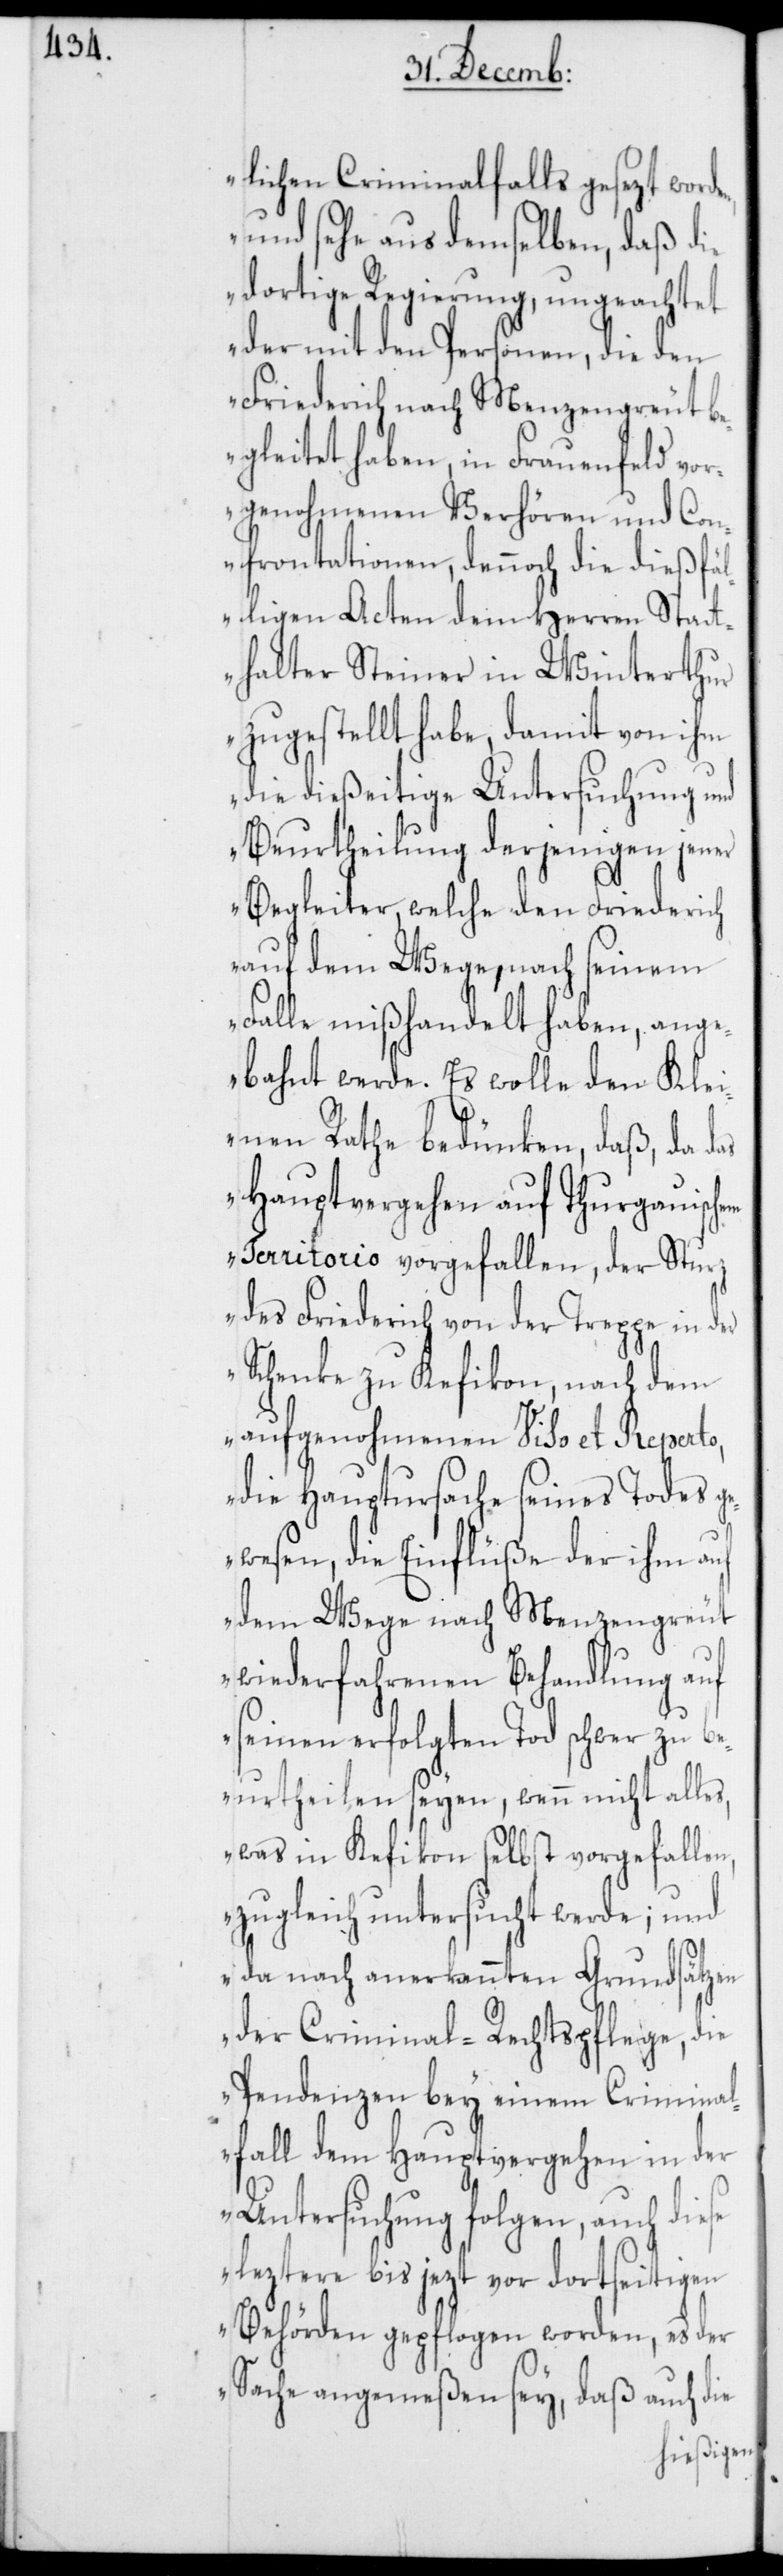
n,

lichen Criminalfalls gesezt worde¬
und sehe aus demselben, daß die
dortige Regierung, ungeachtet
der mit den Personen, die den
Friederich nach Menzengreut be¬
gleitet haben, in Frauenfeld vo¬
rgenohmenen Verhören und Con¬
frontationen, dennoch die dießfäl¬
ligen Acten dem Herren Statt¬
halter Steiner in Winterthur
zugestellt habe, damit von ihm
die dießeitige Untersuchung und
Beurtheilung derjenigen jener
Begleiter, welche den Friederich
auf dem Wege, nach seinem
Falle mißhandelt haben, ang¬
ebahnt werde. Es wolle den Kle¬
inen Rath bedünken, daß, da
Hauptvergehen auf Thurgauisch¬
em Territorio vorgefallen, der Sturz
des Friederich von der Treppe in der
Schenke zu Kefikon, nach dem
aufgenohmenen Viso et Reperto,
die Hauptursache seines Todes g¬
ewesen, die Einflüße der ihm auf
dem Wege nach Menzengreut
wiederfahrenen Behandlung auf
seinen erfolgten Tod schwer zu be¬
urtheilen seyen, wenn nicht alles,
was in Kefikon selbst vorgefallen,
zugleich untersucht werde; und
da nach anerkannten Grundsätzen
der Criminal-Rechtspflege, die
Pendenzen bey einem Criminal¬
fall dem Hauptvergehen in der
Untersuchung folgen, auch diese
leztere bis jezt vor dortseitigen
Behörden gepflogen worden, es der
Sache angemeßen sey, daß auch die